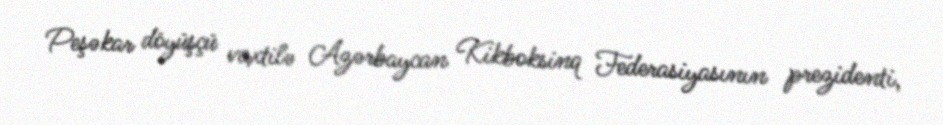
Peşəkar döyüşçü vaxtilə Azərbaycan Kikboksinq Federasiyasının prezidenti,